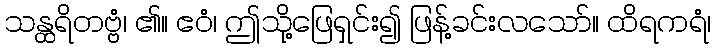
သန္ထရိတဗ္ဗံ၊ ၏။ ဧဝံ၊ ဤသို့ဖြေရှင်း၍ ဖြန့်ခင်းလသော်။ ထိရကရံ၊